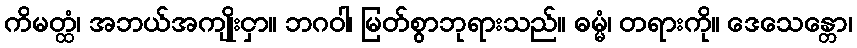
ကိမတ္ထံ၊ အဘယ်အကျိုးငှာ။ ဘဂဝါ၊ မြတ်စွာဘုရားသည်။ ဓမ္မံ၊ တရားကို။ ဒေသေန္တော၊